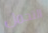
التحمل